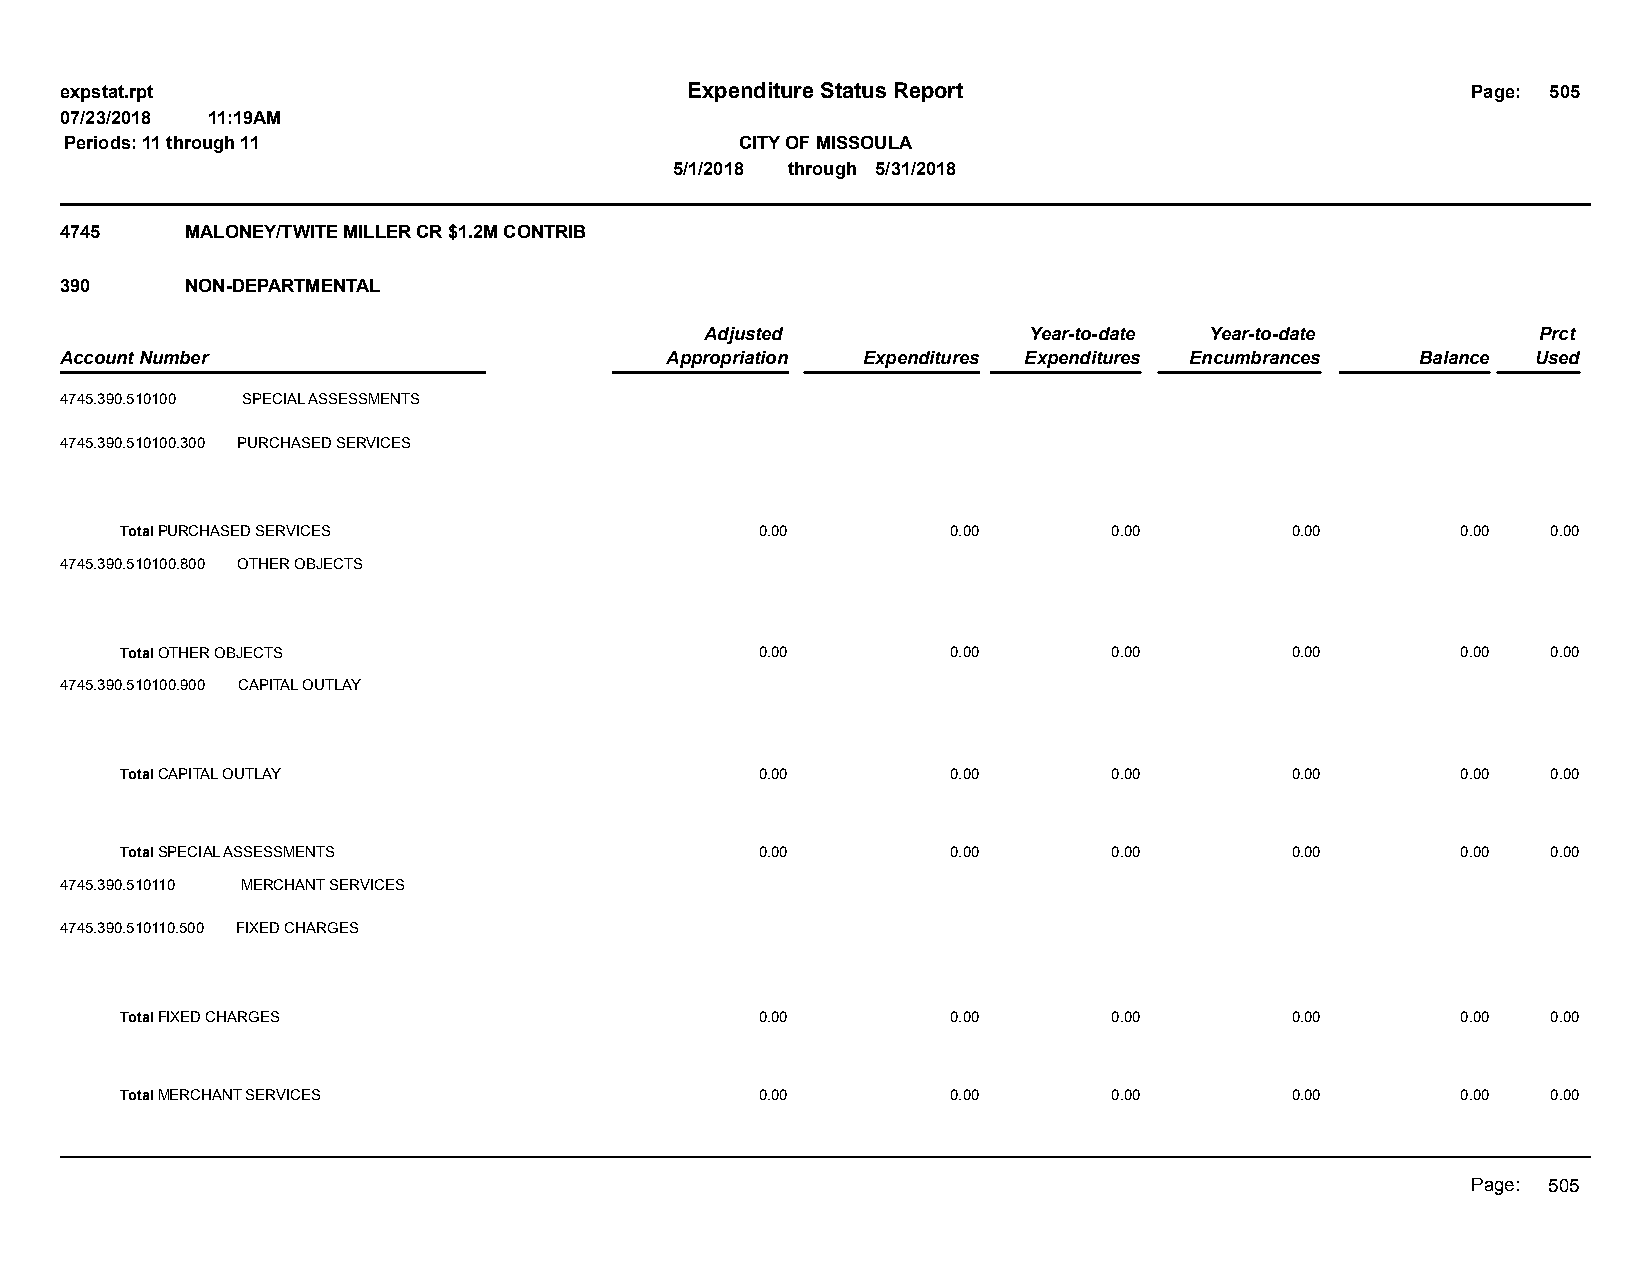
expstat.rpt                              Expenditure Status Report                           Page: 505
 07/23/2018 11:19AM
 Periods: 11 through 11                       CITY OF MISSOULA
 5/1/2018 through 5/31/2018
 4745    MALONEY/TWITE MILLER CR $1.2M CONTRIB
 390     NON-DEPARTMENTAL
 Adjusted             Year-to-date Year-to-date         Prct
 Account Number                          Appropriation Expenditures Expenditures Encumbrances Balance Used
 4745.390.510100 SPECIAL ASSESSMENTS
 4745.390.510100.300 PURCHASED SERVICES
 Total PURCHASED SERVICES                  0.00         0.00       0.00       0.00        0.00  0.00
 4745.390.510100.800 OTHER OBJECTS
 Total OTHER OBJECTS                       0.00         0.00       0.00       0.00        0.00  0.00
 4745.390.510100.900 CAPITAL OUTLAY
 Total CAPITAL OUTLAY                      0.00         0.00       0.00       0.00        0.00  0.00
 Total SPECIAL ASSESSMENTS                 0.00         0.00       0.00       0.00        0.00  0.00
 4745.390.510110 MERCHANT SERVICES
 4745.390.510110.500 FIXED CHARGES
 Total FIXED CHARGES                       0.00         0.00       0.00       0.00        0.00  0.00
 Total MERCHANT SERVICES                   0.00         0.00       0.00       0.00        0.00  0.00
 Page: 505